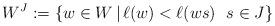
LaTeX: \begin{align*}W^J:=\{w\in W\,|\,\ell(w)<\ell(ws)\ \ s\in J\}\end{align*}